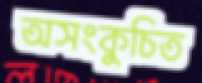
অসংকুচিত